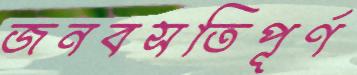
জনবসতিপূর্ণ